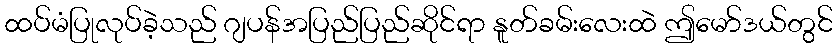
ထပ်မံပြုလုပ်ခဲ့သည် ဂျပန်အပြည်ပြည်ဆိုင်ရာ နူတ်ခမ်းလေးထဲ ဤမော်ဒယ်တွင်